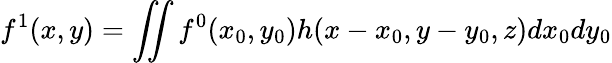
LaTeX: f^{1}(x,y)=\iint f^{0}(x_{0},y_{0})h(x-x_{0},y-y_{0},z)dx_{0}dy_{0}